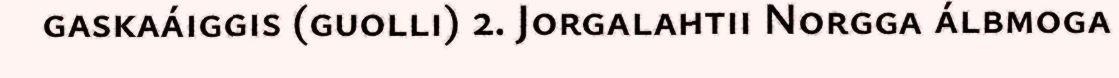
gaskaáiggis (guolli) 2. Jorgalahtii Norgga álbmoga